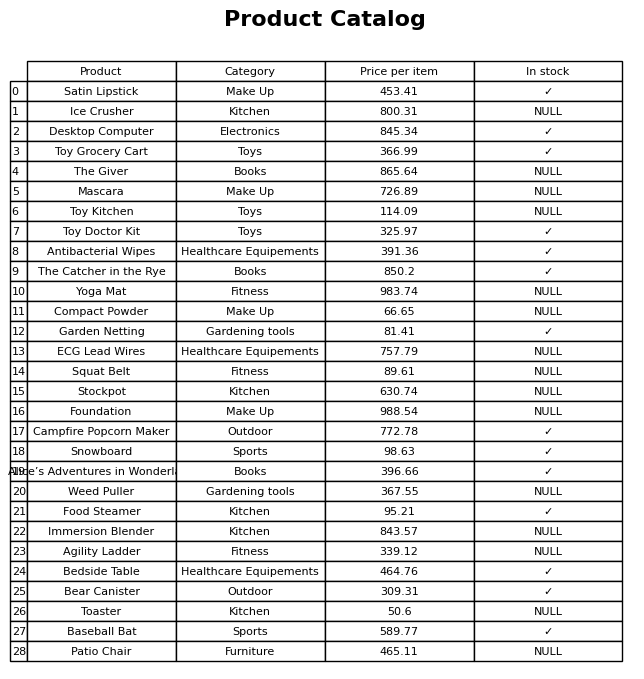
question: What is the price of the Bedside Table?
answer: The price of Bedside Table is 464.76.